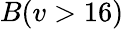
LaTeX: B(v>16)